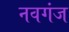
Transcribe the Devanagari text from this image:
नवगंज